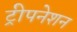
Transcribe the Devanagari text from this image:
ट्रीपनेशन